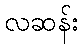
လဆန်း